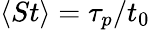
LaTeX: \langle St\rangle=\tau_{p}/t_{0}